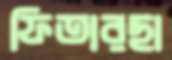
ফিতারছা